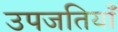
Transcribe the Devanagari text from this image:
उपजतियाँ